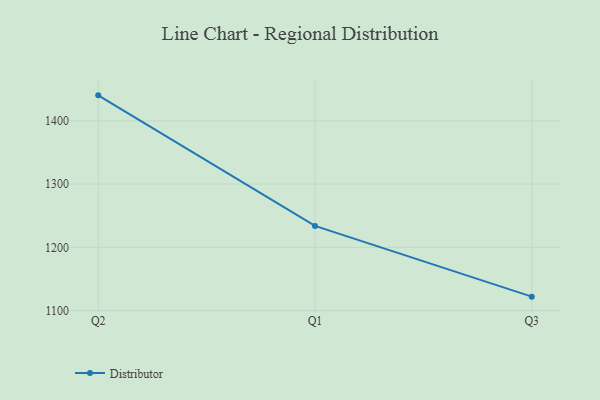
{"axis": {"x": "Quarter", "y": "Tickets Resolved"}, "legend": ["Distributor"], "data": [{"x": "Q2", "y": 1440.4, "type": "Distributor"}, {"x": "Q1", "y": 1233.9, "type": "Distributor"}, {"x": "Q3", "y": 1122.0, "type": "Distributor"}]}